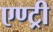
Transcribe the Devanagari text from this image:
एण्ट्री